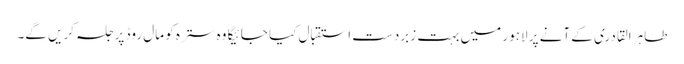
طاہر القادری کے آنے پر لاہور میں بہت زبردست استقبال کیا جائیگا وہ سترہ کو مال روڈ پر جلسہ کریں گے۔